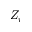
Z _ { r }